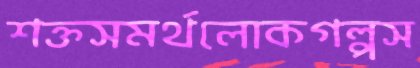
শক্তসমর্থলোকগল্পস